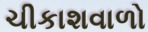
ચીકાશવાળો